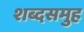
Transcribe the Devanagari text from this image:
शब्दसमुह